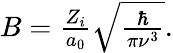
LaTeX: \begin{array}{r}{B=\frac{Z_{i}}{a_{0}}\sqrt{\frac{\hbar}{\pi\nu^{3}}}.}\end{array}